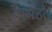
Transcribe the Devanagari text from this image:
है।मंहत